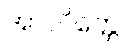
အာလိတ္တေ